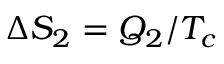
\Delta S _ { 2 } = Q _ { 2 } / T _ { c }